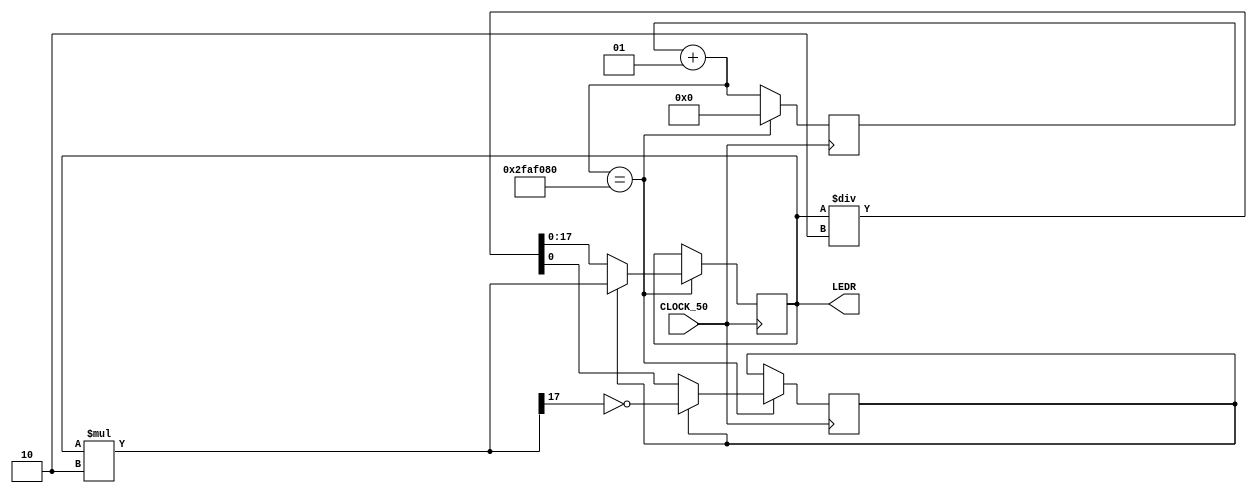
module Part3(input CLOCK_50, output [17:0]LEDR);

	wire Clock = CLOCK_50;
	integer count = 0;
	reg [17:0]Q = 18'b1;
	reg dir_left = 1;
	
	always@(posedge Clock)
		begin
		count = count + 1;
		if(count == 50000000)
			begin
				if(dir_left)
				begin	
					Q = Q * 2;
					dir_left <= ~Q[17];
				end
				else
				begin
					Q = Q / 2;
					dir_left <= Q[0];
				end
				count = 0;
			end
		end
	
	assign LEDR = Q;
	
endmodule